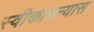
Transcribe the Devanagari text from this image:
स्वीकारल्यास